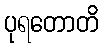
ပုရတောတိ